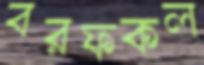
বরফকল